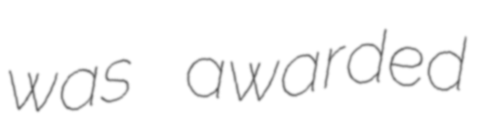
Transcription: was awarded